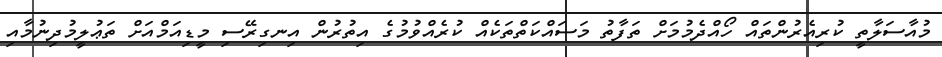
މުއާސަލާތީ ކުރިއެރުންތައް ހޯއްދެމުމަށް ތަފާތު މަސައްކަތްތަކެއް ކުރެއްވުމުގެ އިތުރުން އިނގިރޭސި މީޑިއަމްއަށް ތަޢުލީމުދިނުމާއި